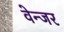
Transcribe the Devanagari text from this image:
वेन्जर